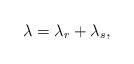
LaTeX: \begin{align*} \lambda=\lambda_r+\lambda_s,\end{align*}